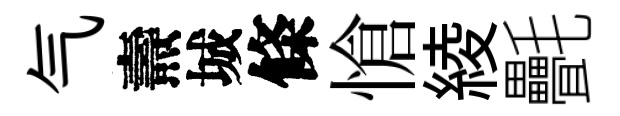
气燾城條愴綾㲲